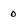
Character: O